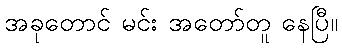
အခုတောင် မင်း အတော်တူ နေပြီ။